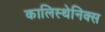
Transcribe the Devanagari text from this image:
कालिस्थेनिक्स